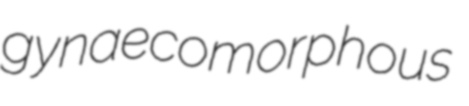
gynaecomorphous